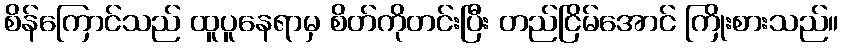
စိန်ကြောင်သည် ထူပူနေရာမှ စိတ်ကိုတင်းပြီး တည်ငြိမ်အောင် ကြိုးစားသည်။